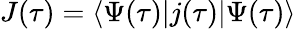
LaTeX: J(\tau)=\langle\Psi(\tau)|j(\tau)|\Psi(\tau)\rangle